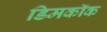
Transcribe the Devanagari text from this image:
डिमकॉक